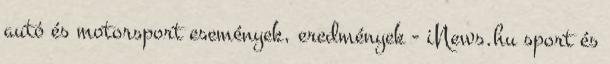
autó és motorsport események, eredmények - iNews.hu sport és